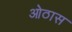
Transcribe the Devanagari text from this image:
ओठास